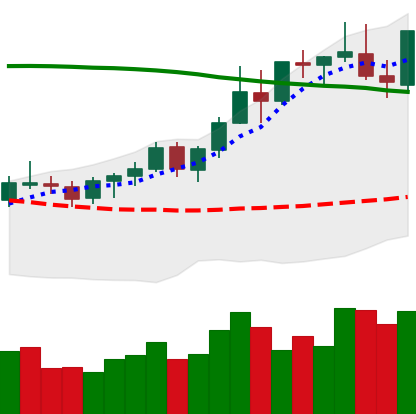
Ticker: BNB-USD
Chart end date: 2021-08-19
Forward return: 9.422%
Label: up_7plus